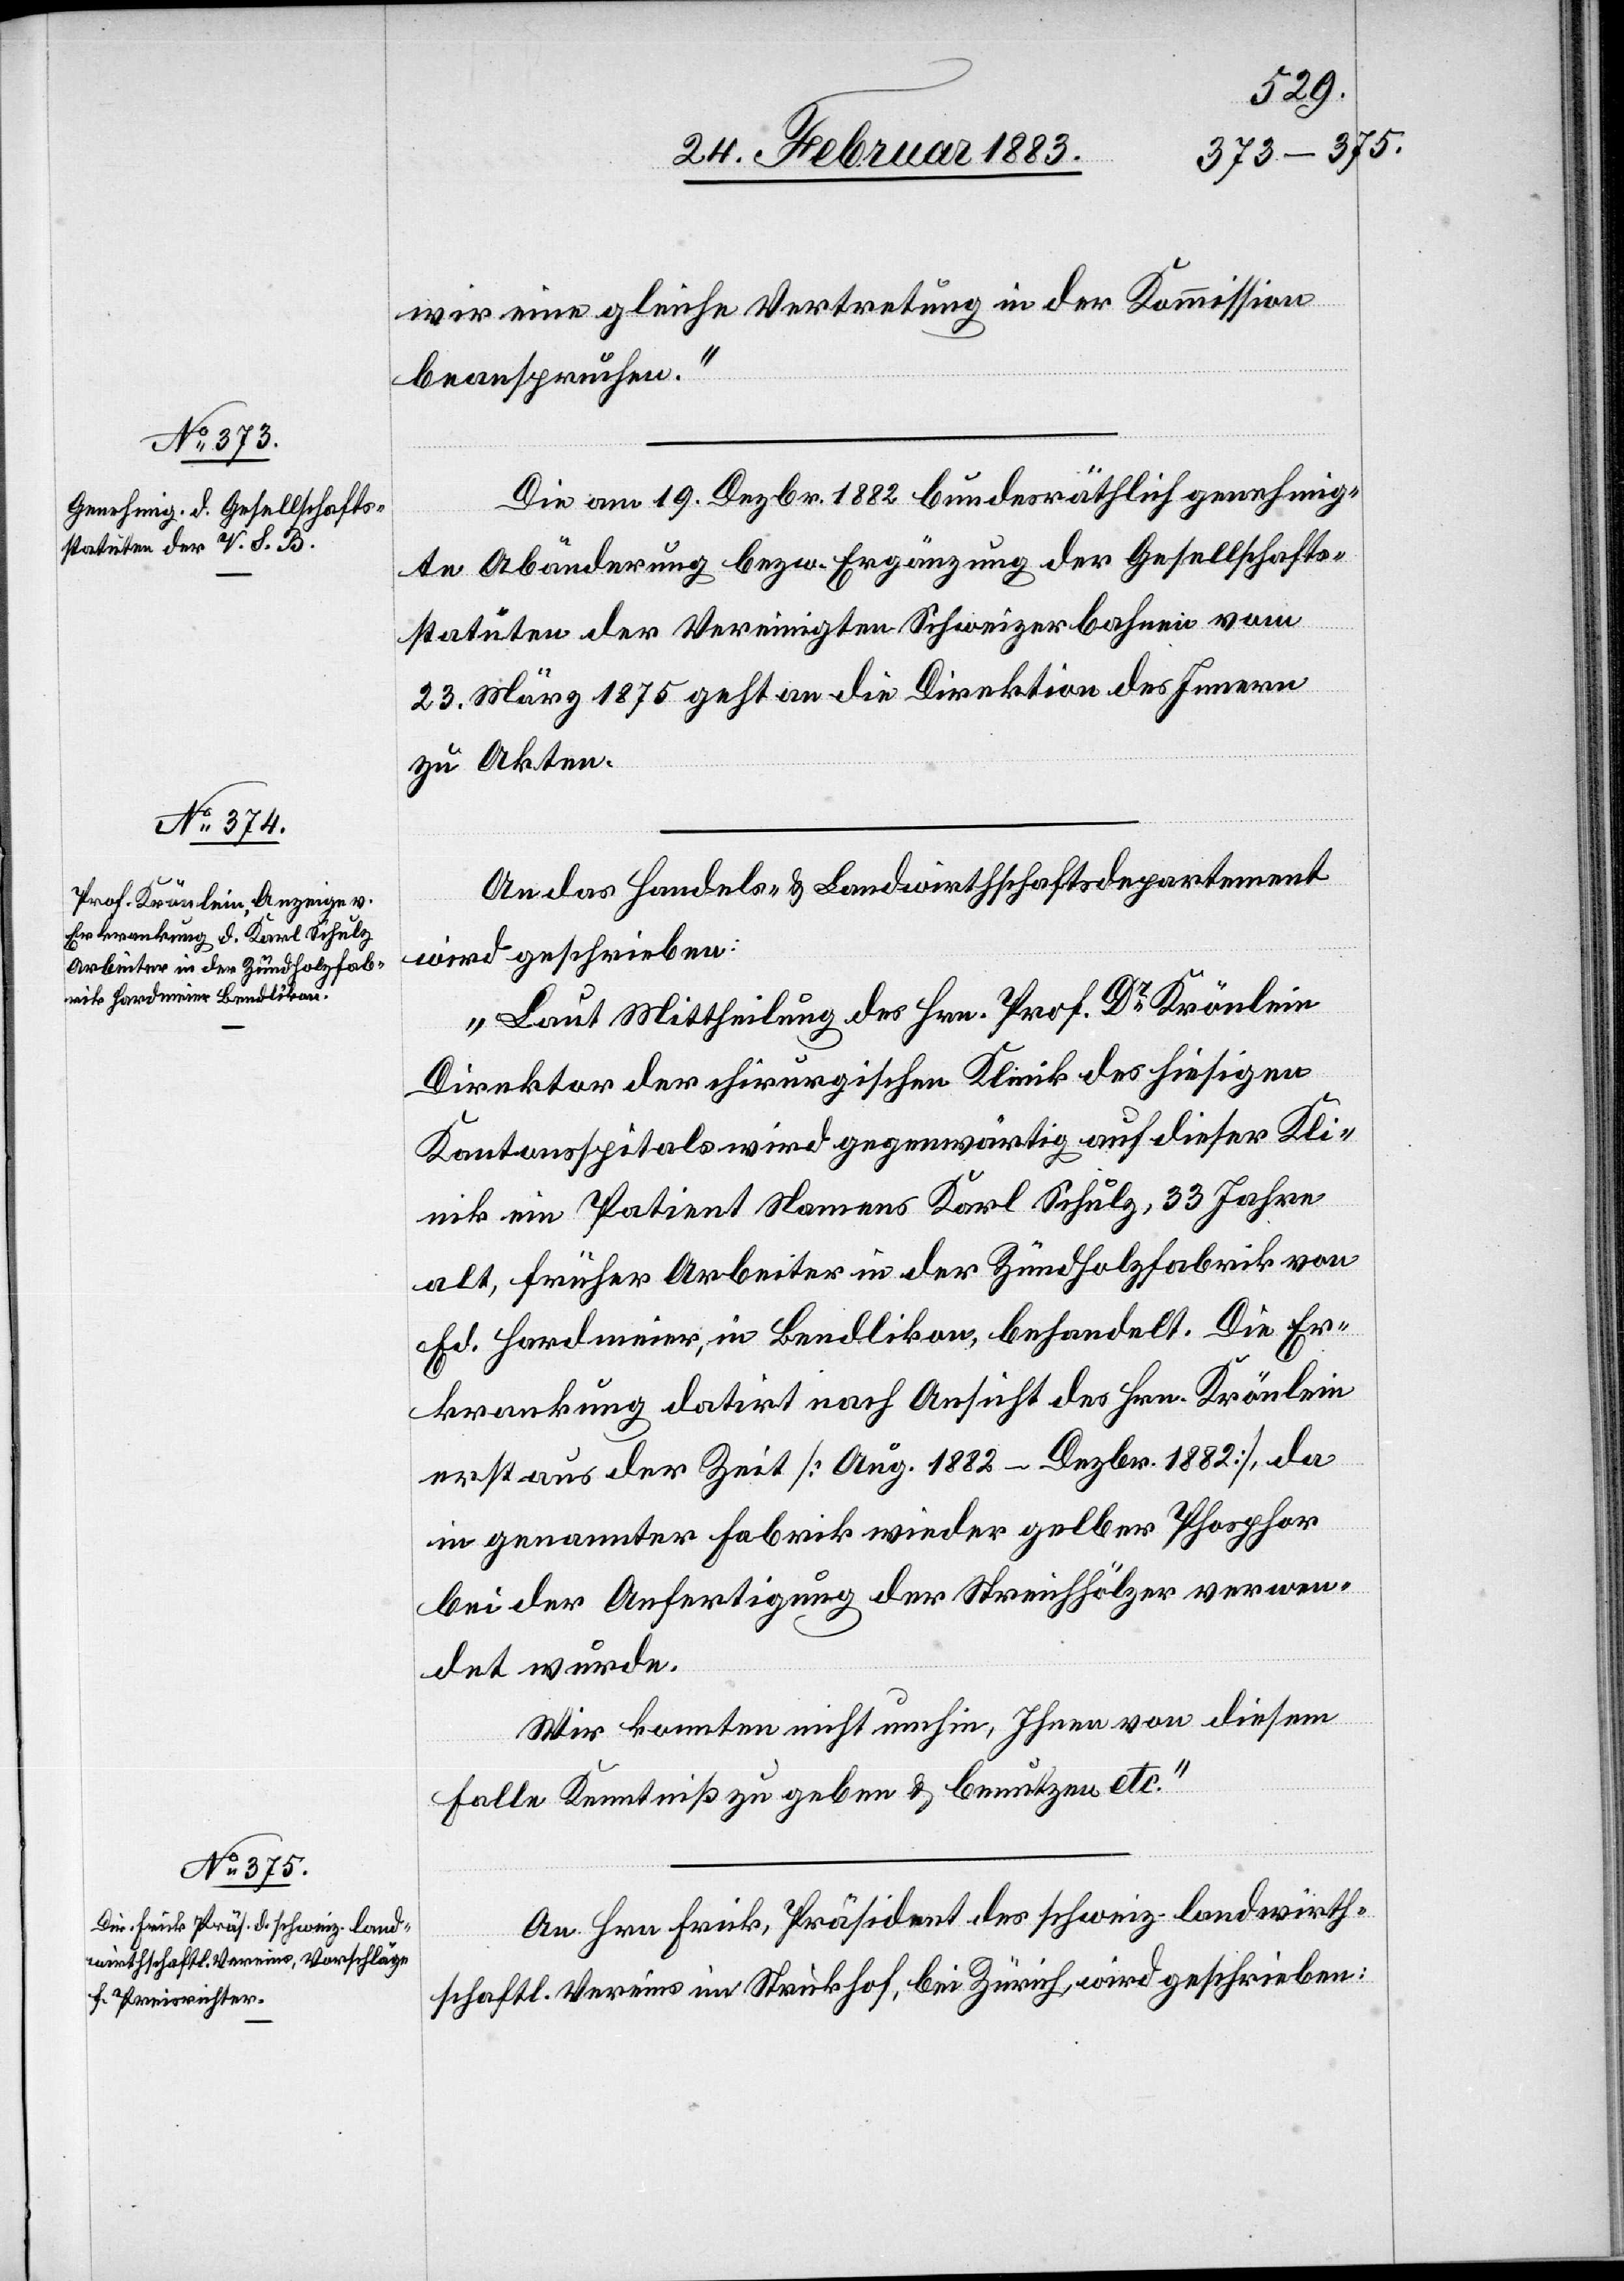
wir eine gleiche Vertretung in der Kommission
beanspruchen.“
Die am 19. Dezbr. 1882 bundesräthlich genehmig¬
te Abänderung bezw. Ergänzung der Gesellschafts¬
statuten der Vereinigten Schweizerbahnen vom
23. März 1875 geht an die Direktion des Innern
zu Akten.
An das Handels- & Landwirthschaftsdepartement
wird geschrieben:
„Laut Mittheilung des Hrn. Prof. Dr Krönlein
Direktor der chirurgischen Klinik des hiesigen
Kantonsspitals wird gegenwärtig auf dieser Kli¬
nik ein Patient Namens Karl Schulz, 33 Jahre
alt, früher Arbeiter in der Zündholzfabrik von
Ed. Hardmeier, in Bendlikon, behandelt. Die Er¬
krankung datirt nach Ansicht des Hrn. Krönlein
erst aus der Zeit [Aug. 1882–Dezbr. 1882], da
in genannter Fabrik wieder gelber Phosphor
bei der Anfertigung der Streichhölzer verwen¬
det wurde.
Wir konnten nicht umhin, Ihnen von diesem
Falle Kenntniß zu geben & benutzen etc.“
An Hrn Frick, Präsident des schweiz. landwirth¬
schaftl. Vereins im Strickhof, bei Zürich, wird geschrieben: